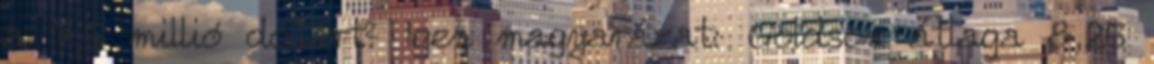
a 7,5 millió dollárt? Igen magyarázat: Goldson átlaga 8,25